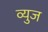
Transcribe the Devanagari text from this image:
व्युज